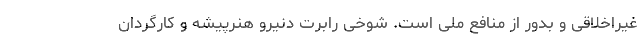
غیراخلاقی و بدور از منافع ملی است. شوخی رابرت دنیرو هنرپیشه و کارگردان